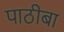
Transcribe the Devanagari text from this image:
पाठीबा